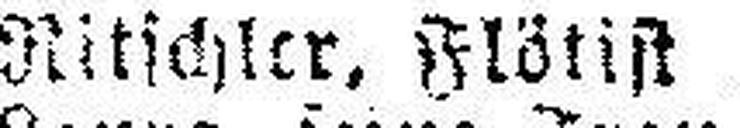
Ritschler, Flötist